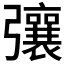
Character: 𢐿